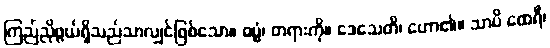
ကြည်ညိုဖွယ်ရှိသည်သာလျှင်ဖြစ်သော။ ဓမ္မံ၊ တရားကို။ ဒေသေတိ၊ ဟော၏။ သာပိ ထေရီ၊